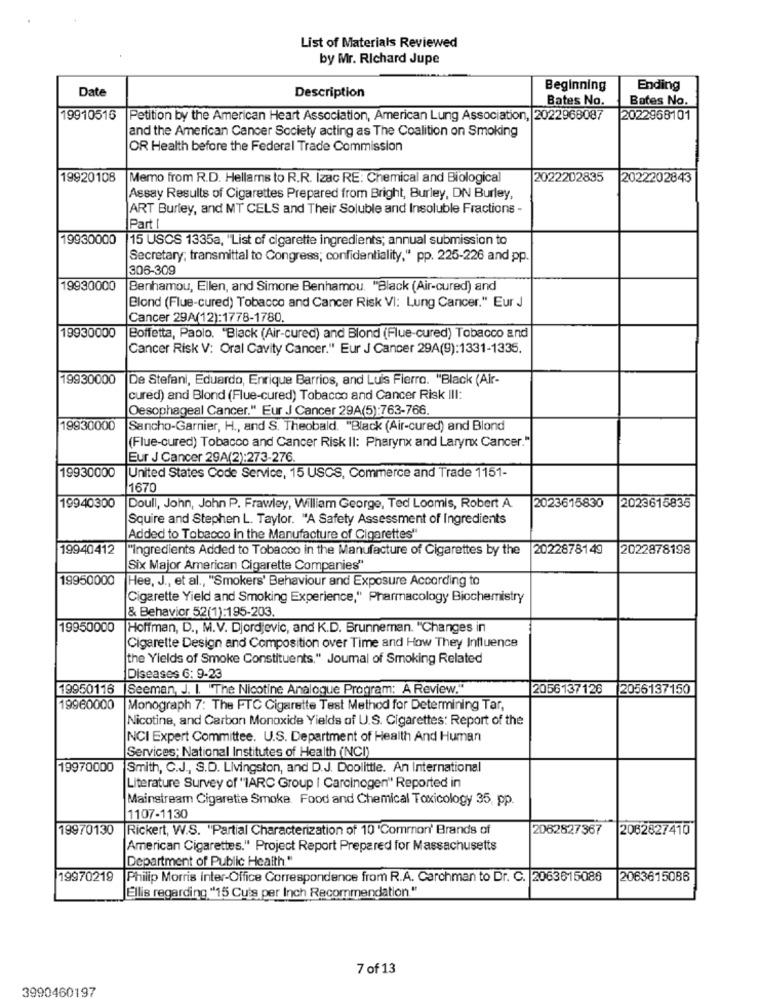
List of Materials Reviewed
by Mr. Richard Jupe
Beginning
Ending
Date
Description
Bates No.
Bates No.
19910516
Petition by the American Heart Association, American Lung Association, 2022968087
2022968101
and the American Cancer Society acting as The Coalition on Smoking
OR Health before the Federal Trade Commission
19920108
Memo from R.D. Hellams to R.R. Izac RE: Chemical and Biological
2022202835
2022202843
Assay Results of Cigarettes Prepared from Bright, Burley, DN Burley,
ART Burley, and MT CELS and Their Soluble and Insoluble Fractions -
Part [
19930000
15 USCS 1335a, "List of cigarette ingredients; annual submission to
Secretary; transmittal to Congress; confidentiality," pp. 225-226 and pp.
306-309
19930000
Benhamou, Ellen, and Simone Benhamou. "Black (Air-cured) and
Blond (Flue-cured) Tobacco and Cancer Risk VI: Lung Cancer." Eur J
Cancer 29A(12):1778-1780.
19930000
Boffetta, Paolo. "Black (Air-cured) and Blond (Flue-cured) Tobacco and
Cancer Risk V: Oral Cavity Cancer." Eur J Cancer 29A(9):1331-1335.
19930000
De Stefani, Eduardo, Enrique Barrios, and Luis Fierro. "Black (Air-
cured) and Blond (Flue-cured) Tobacco and Cancer Risk III:
Oesophageal Cancer." Eur J Cancer 29A(5):763-766.
19930000
Sancho-Garnier, H ., and S. Theobald. "Black (Air-cured) and Blond
(Flue-cured) Tobacco and Cancer Risk II: Pharynx and Larynx Cancer."
Eur J Cancer 29A(2):273-276.
19930000
United States Code Service, 15 USCS, Commerce and Trade 1151-
1670
19940300
Doull, John, John P. Frawley, William George, Ted Loomis, Robert A.
2023615830
2023615835
Squire and Stephen L. Taylor. "A Safety Assessment of Ingredients
Added to Tobacco in the Manufacture of Cigarettes"
19940412
"Ingredients Added to Tobacco in the Manufacture of Cigarettes by the
2022878149
2022878198
Six Major American Cigarette Companies"
19950000
Hee, J ., et al ., "Smokers' Behaviour and Exposure According to
Cigarette Yield and Smoking Experience," Pharmacology Biochemistry
& Behavior 52(1):195-203.
19950000
Hoffman, D ., M.V. Djordjevic, and K.D. Brunneman. "Changes in
Cigarette Design and Composition over Time and How They Influence
the Yields of Smoke Constituents," Joumal of Smoking Related
Diseases 6: 9-23
19950116
Seeman, J. I. "The Nicotine Analogue Program: A Review."
2056137126
2056137150
19960000
Monograph 7: The FTC Cigarette Test Method for Determining Tar,
Nicotine, and Carbon Monoxide Yields of U.S. Cigarettes: Report of the
NCI Expert Committee. U.S. Department of Health And Human
Services; National Institutes of Health (NCI)
19970000
Smith, C.J ., S.D. Livingston, and D.J. Doolittle. An International
Literature Survey of "IARC Group | Carcinogen" Reported in
Mainstream Cigarette Smoke. Food and Chemical Toxicology 35, pp.
1107-1130
19970130
Rickert, W.S. "Partial Characterization of 10 'Common' Brands of
2062827367
2062827410
American Cigarettes." Project Report Prepared for Massachusetts
Department of Public Health "
19970219
Philip Morris inter-Office Correspondence from R.A. Carchman to Dr. C. 2063615086
2063615086
Ellis regarding "15 Cu's per Inch Recommendation "
7 of 13
3990460197